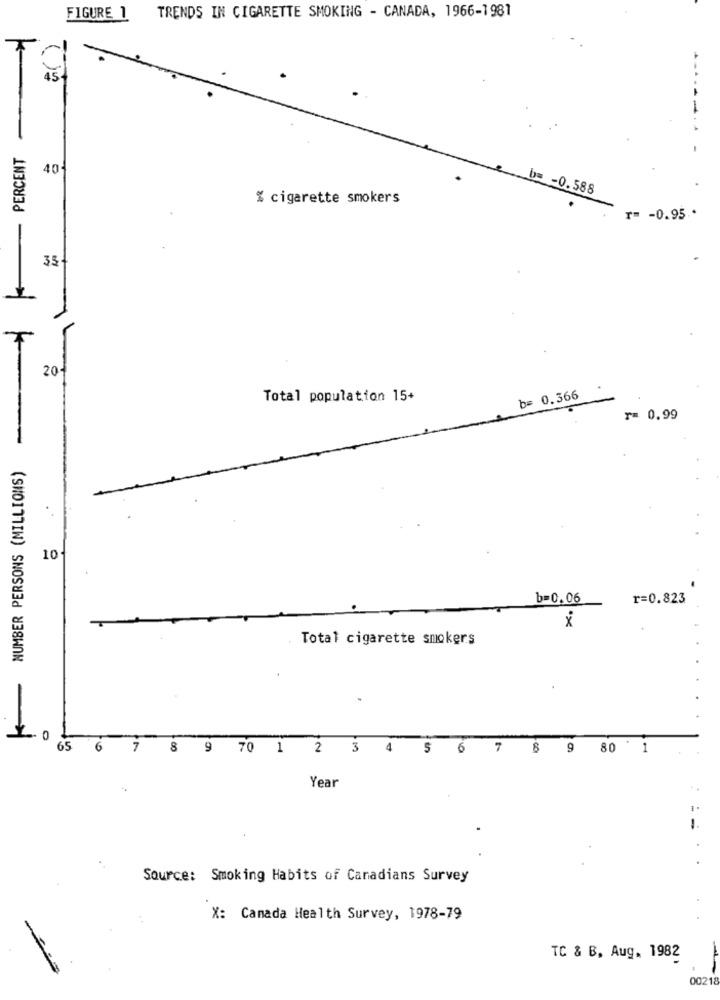
FIGURE 1 TRENDS IN CIGARETTE SMOKING - CANADA, 1966-1981
-
-
PERCENT
404
b= - 0.588
% cigarette smokers
r= - 0.95 ..
35 +
201
Total population 15+
b= 0.366
r= 0.99
NUMBER PERSONS (MILLIONS)
10
b=0.06
r=0.823
1
×
Total cigarette smokers
-
0
65
6 7 8 9 70 1 2 3 4 5 6 7 8 9 80 1
Year
-
Source: Smoking Habits of Canadians Survey
X: Camada Health Survey, 1978-79
-
TC & B, Aug. 1982
00218